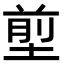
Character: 𡍽